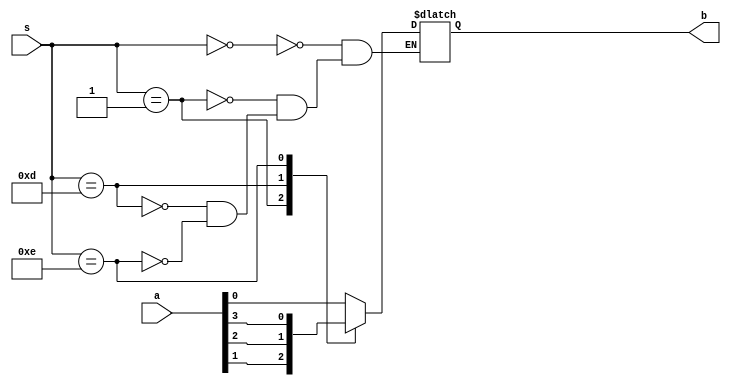
module overflow_flag(a,s,b);
input [3:0]a,s;
output b;
reg b;
always @(*)
begin
case(s)
4'b0000:b=a[0];
4'b0001:b=a[1];
4'b1101:b=a[2];
4'b1110:b=a[3];
endcase
end
endmodule